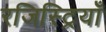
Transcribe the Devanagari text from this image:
रजिस्ट्रियाँ